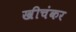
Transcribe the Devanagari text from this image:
खीचंकर